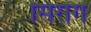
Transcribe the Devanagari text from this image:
सिरांग